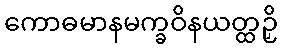
ကောဓမာနမက္ခဝိနယတ္ထဉှိ